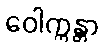
ဝေါက္ကန္တာ